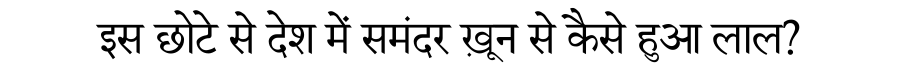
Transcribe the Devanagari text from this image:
इस छोटे से देश में समंदर ख़ून से कैसे हुआ लाल?